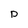
Character: p